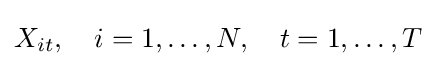
X_{it},\quad i=1,\dots ,N,\quad t=1,\dots ,T